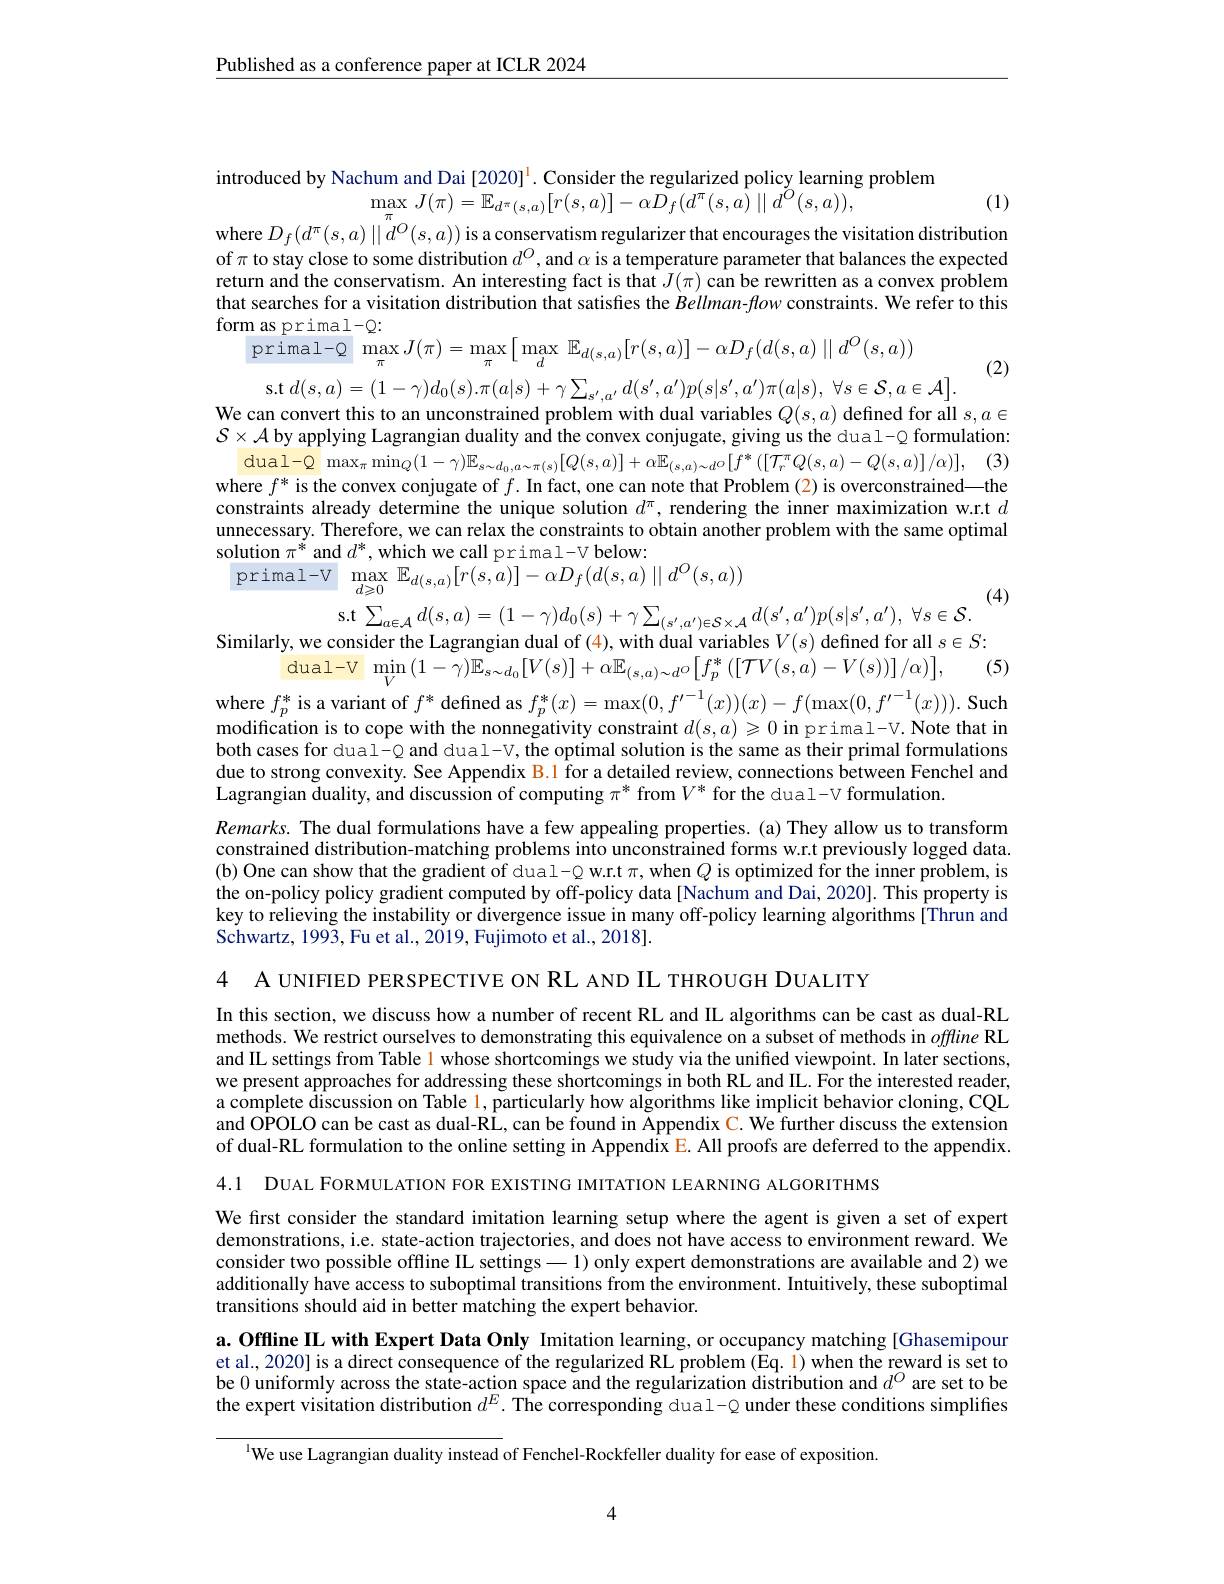
$\underline{\text{Published as a conference paper at ICLR 2024}}$

introduced by Nachum and Dai [2020]$^{1}.$ Consider the regularized policy learning problem
$\operatorname*{max}_{\pi}J(\pi)=\operatorname*{E}_{d^{\pi}(s,a)}[r(s,a)]-\alpha\tilde{D}_{f}(d^{\pi}(s,\hat{a})\mid\mid d^{\tilde{O}}(s,a))$,
where $D_f(d^{\pi}(s,a)\mid\mid d^{O}(s,a))$ is a conservatism regularizer that encourages the visitation distribution

(1)

of $\pi$ to stay close to some distribution $d^O$,and $\alpha$ is a temperature parameter that balances the expected return and the conservatism. An interesting fact is that $J(\pi)$ can be rewritten as a convex problem that searches for a visitation distribution that satisfies the $Bellman-flow$ constraints. We refer to this form as primal-Q:
$\operatorname{primal-Q}\max_{\pi}J(\pi)=\operatorname*{max}_{\pi}\left[\operatorname*{max}_{d}\mathbb{E}_{d(s,a)}[r(s,a)]-\alpha D_{f}(d(s,a)\parallel d^{O}(s,a))\right.$

(2)

s.t$d(s,a)=(1-\gamma)d_0(s).\pi(a|s)+\gamma\sum_{s^{\prime},a^{\prime}}d(s^{\prime},a^{\prime})p(s|s^{\prime},a^{\prime})\pi(a|s),\forall s\in\mathcal{S},a\in\mathcal{A}].$
We can convert this to an unconstrained problem with dual variables $Q(s,a)$ defined for all $s,a\in$ $\mathcal{S}\times\mathcal{A}$ by applying Lagrangian duality and the convex conjugate, giving us the dual- Q formulation:
$\operatorname* { dual- Q} \max _{\pi }\operatorname* { min} _{Q}( 1- \gamma ) \mathbb{E} _{s\sim d_{0}, a\sim \pi ( s) }[ Q( s, a) ] + \alpha \mathbb{E} _{( s, a) \sim d^{\circ }}[ f^{* }\left ( [ \mathcal{T} _{r}^{\pi }Q( s, a) - Q( s, a) ] / \alpha \right ) ] $, (3) where $f^*$ is the convex conjugate of $f.$ In fact, one can note that Problem (2) is overconstrained—the constraints already determine the unique solution $d^\mathrm{\pi}$, rendering the inner maximization w.r.t $d$ unnecessary. Therefore, we can relax the constraints to obtain another problem with the same optimal solution $\pi^*$ and $d^*$,which we call primal-V below:
$\begin{array}{ll}{\mathrm{primal-V}}&{\mathrm{max}}&{\mathbb{E}_{d(s,a)}[r(s,a)]-\alpha D_{f}(d(s,a)\mid\mid d^{O}(s,a))}\\\end{array}$

s.t$\sum_{a\in\mathcal{A}}d(s,a)=(1-\gamma)d_{0}(s)+\gamma\sum_{(s^{\prime},a^{\prime})\in\mathcal{S}\times\mathcal{A}}d(s^{\prime},a^{\prime})p(s|s^{\prime},a^{\prime}),\forall s\in\mathcal{S}.$

(5)

Similarly, we consider the Lagrangian dual of (4), with dual variables $V(s)$ defined for all $s\in S:$
$\operatorname { dual- V}$ $\operatorname* { min} _{V}\left ( 1- \gamma \right ) \mathbb{E} _{s\sim d_{0}}[ V( s) ] + \alpha \mathbb{E} _{( s, a) \sim d^{O}}\left [ f_{p}^{* }\left ( [ \mathcal{T} V( s, a) - V( s) ) \right ] / \alpha \right ) ] $,
where $f_p^*$ is a variant of $f^*$ defined as $f_p^*(x)=\max(0,f^{\prime-1}(x))(x)-f(\max(0,f^{\prime-1}(x))).$ Such modification is to cope with the nonnegativity constraint $d(s,a)\geqslant0$ in primal-V. Note that in both cases for dual-Q and dual-V, the optimal solution is the same as their primal formulations due to strong convexity. See Appendix B.1 for a detailed review, connections between Fenchel and Lagrangian duality, and discussion of computing $\pi^*$ from $V^*$ for the dual-V formulation.
Remarks. The dual formulations have a few appealing properties. (a) They allow us to transform constrained distribution-matching problems into unconstrained forms w.r.t previously logged data. (b) One can show that the gradient of dual-Q w.r.t $\pi$, when $Q$ is optimized for the inner problem, is the on-policy policy gradient computed by off-policy data[ Nachum and Dai, 2020]. This property is key to relieving the instability or divergence issue in many off-policy learning algorithms[Thrun and Schwartz, 1993, Fu et al., 2019, Fujimoto et al., 2018].

4 A UNIFIED PERSPECTIVE ON RL AND IL THROUGH DUALITY

In this section, we discuss how a number of recent RL and IL algorithms can be cast as dual-RL methods. We restrict ourselves to demonstrating this equivalence on a subset of methods in offline RL and IL settings from Table 1 whose shortcomings we study via the unified viewpoint. In later sections, we present approaches for addressing these shortcomings in both RL and IL. For the interested reader, a complete discussion on Table l, particularly how algorithms like implicit behavior cloning, CQL and OPOLO can be cast as dual-RL, can be found in Appendix C. We further discuss the extension of dual-RL formulation to the online setting in Appendix E. All proofs are deferred to the appendix.

4.1 DUAL FORMULATION FOR EXISTING IMITATION LEARNING ALGORITHMS

We first consider the standard imitation learning setup where the agent is given a set of expert demonstrations, i.e. state-action trajectories, and does not have access to environment reward. We consider two possible offline IL settings -1) only expert demonstrations are available and 2) we additionally have access to suboptimal transitions from the environment. Intuitively, these suboptimal transitions should aid in better matching the expert behavior.

a. Offline IL with Expert Data Only Imitation learning, or occupancy matching [Ghasemipour et al., 2020] is a direct consequence of the regularized RL problem (Eq. 1) when the reward is set to be 0 uniformly across the state-action space and the regularization distribution and $d^O$ are set to be the expert visitation distribution $d^E.$ The corresponding dual-Q under these conditions simplifies

$^{\text{l}}$We use Lagrangian duality instead of Fenchel-Rockfeller duality for ease of exposition.

4